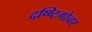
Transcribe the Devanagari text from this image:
दष्ष्टिगोचर